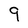
Character: 9